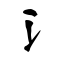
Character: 氵